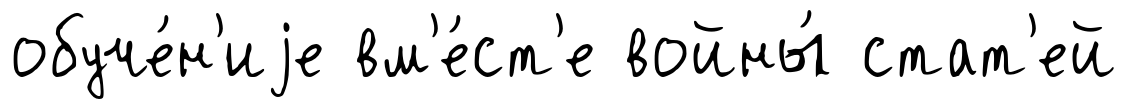
обуче́н'иjе вм'е́ст'е войны́ стат'ей